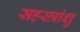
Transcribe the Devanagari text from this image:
सहस्त्रांशु